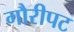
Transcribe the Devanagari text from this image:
गौरीपट